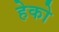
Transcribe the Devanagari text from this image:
हेको